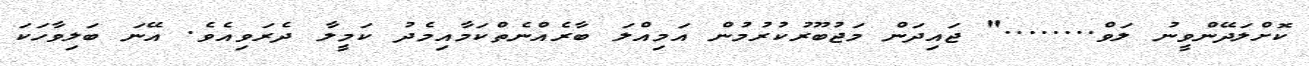
ކޮށްލަދޭންވީނު ލަވް........" ޖައިދަން މަޖުބޫރުކުރުމުން އަމިއްލަ ބާރެއްނެތްކަމާއިމެދު ކަމީލާ ދެރަވިއެވެ. އޭނަ ބަލިވާހަކަ